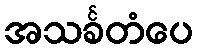
အသင်္ခတံပေ